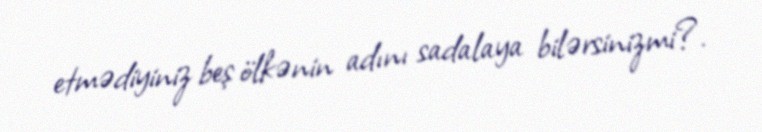
etmədiyiniz beş ölkənin adını sadalaya bilərsinizmi?.